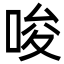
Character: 唆